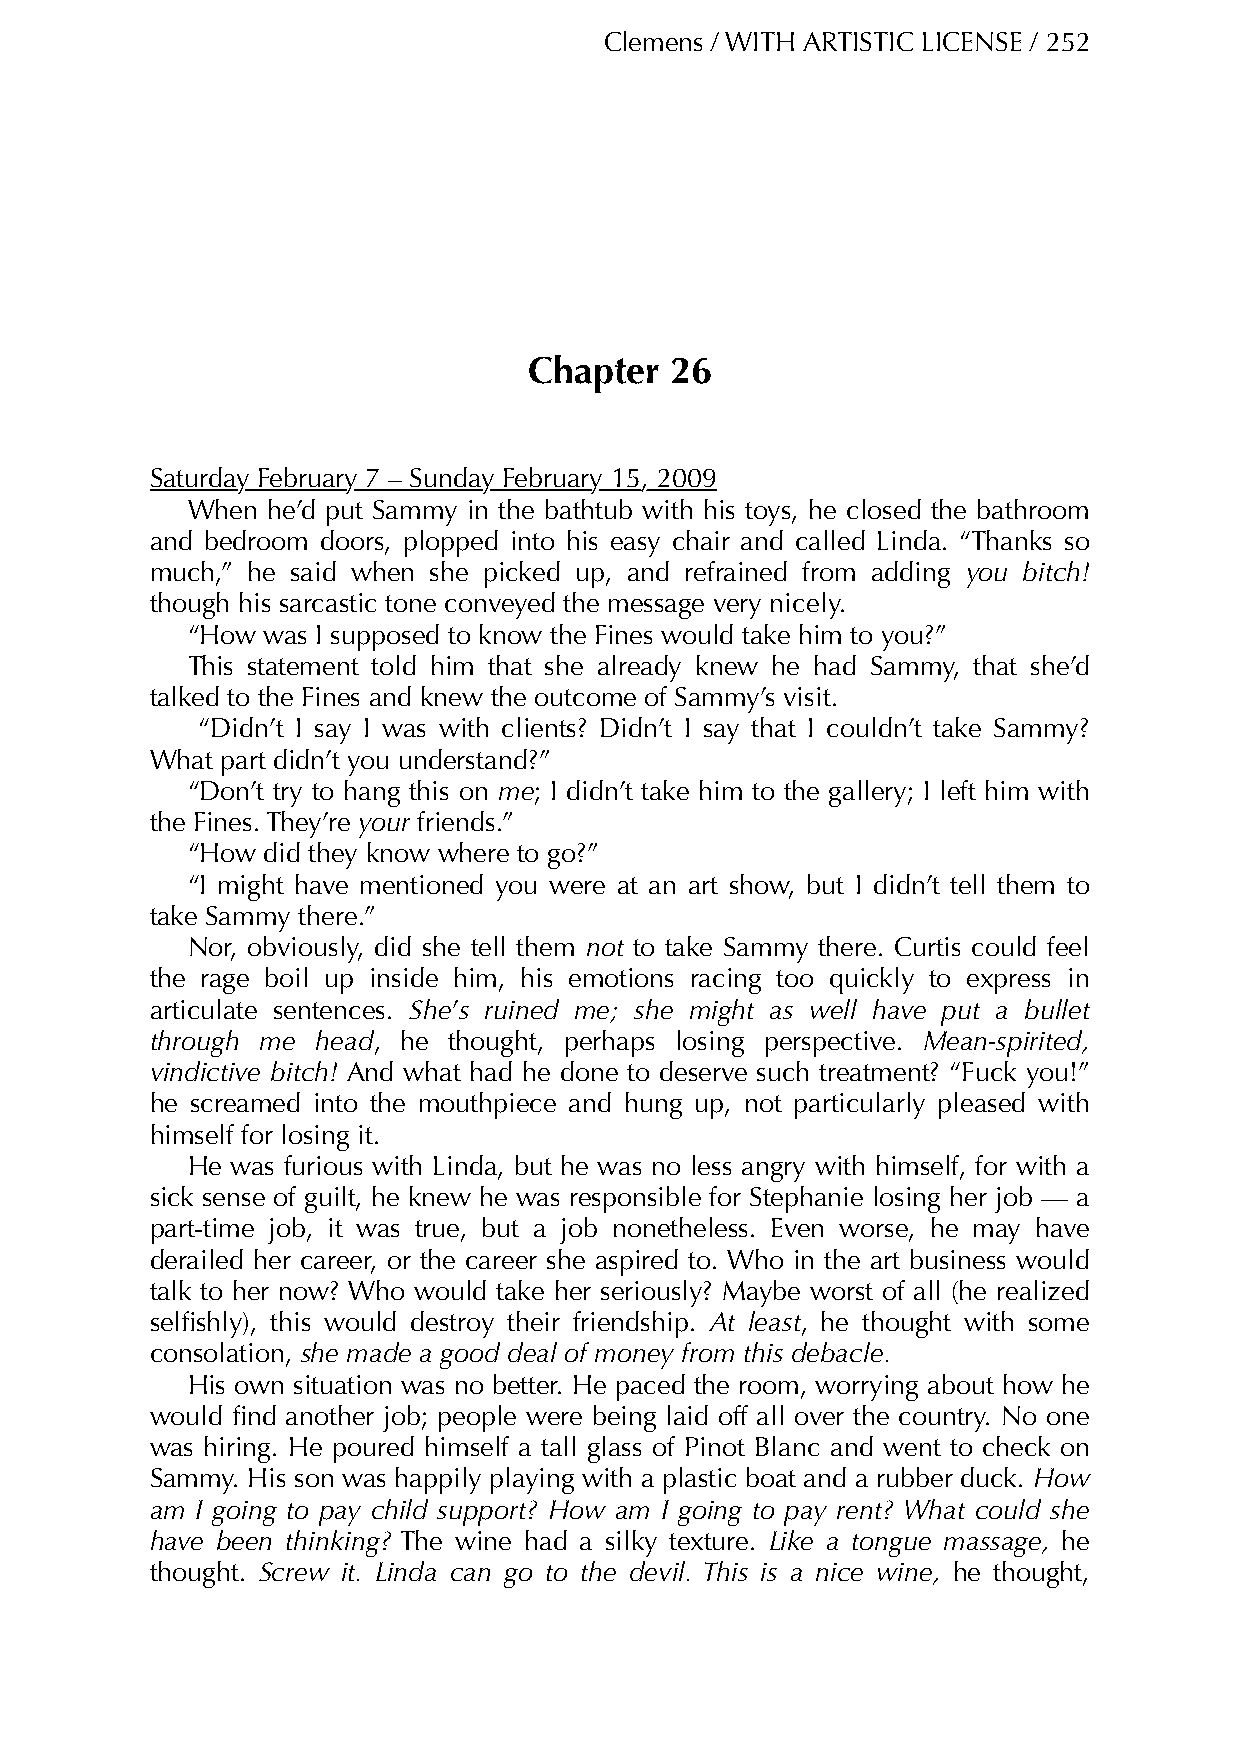
Clemens / WITH ARTISTIC LICENSE / 252
 Chapter  26
 Saturday February 7 – Sunday February 15, 2009
 When  he’d put Sammy in the bathtub with his toys, he closed the bathroom
 and bedroom doors, plopped into his easy chair and called Linda. “Thanks so
 much,” he said when she picked up, and refrained from adding you bitch!
 though his sarcastic tone conveyed the message very nicely.
 “How was I supposed to know the Fines would take him to you?”
 This statement told him that she already knew he had Sammy, that she’d
 talked to the Fines and knew the outcome of Sammy’s visit.
 “Didn’t I say I was with clients? Didn’t I say that I couldn’t take Sammy?
 What part didn’t you understand?”
 “Don’t try to hang this on me; I didn’t take him to the gallery; I left him with
 the Fines. They’re your friends.”
 “How did they know where to go?”
 “I might have mentioned you were at an art show, but I didn’t tell them to
 take Sammy there.”
 Nor, obviously, did she tell them not to take Sammy there. Curtis could feel
 the rage boil up inside him, his emotions racing too quickly to express in
 articulate sentences. She’s ruined me; she might as well have put a bullet
 through me head, he thought, perhaps losing perspective. Mean-spirited,
 vindictive bitch! And what had he done to deserve such treatment? “Fuck you!”
 he screamed into the mouthpiece and hung up, not particularly pleased with
 himself for losing it.
 He was furious with Linda, but he was no less angry with himself, for with a
 sick sense of guilt, he knew he was responsible for Stephanie losing her job — a
 part-time job, it was true, but a job nonetheless. Even worse, he may have
 derailed her career, or the career she aspired to. Who in the art business would
 talk to her now? Who would take her seriously? Maybe worst of all (he realized
 selfishly), this would destroy their friendship. At least, he thought with some
 consolation, she made a good deal of money from this debacle.
 His own situation was no better. He paced the room, worrying about how he
 would find another job; people were being laid off all over the country. No one
 was hiring. He poured himself a tall glass of Pinot Blanc and went to check on
 Sammy. His son was happily playing with a plastic boat and a rubber duck. How
 am I going to pay child support? How am I going to pay rent? What could she
 have been thinking? The wine had a silky texture. Like a tongue massage, he
 thought. Screw it. Linda can go to the devil. This is a nice wine, he thought,